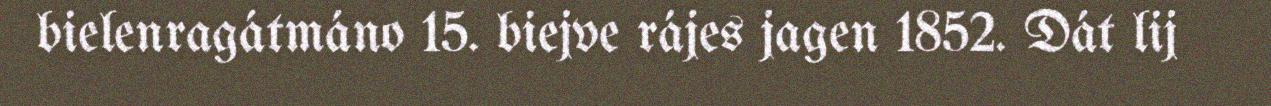
bielenragátmáno 15. biejve rájes jagen 1852. Dát lij